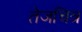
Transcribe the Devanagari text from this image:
तेजचित्र